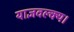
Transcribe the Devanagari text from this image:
याज्ञवल्क्य।